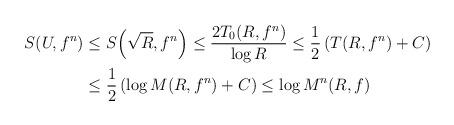
LaTeX: \begin{align*}\begin{aligned}S(U,f^n)&\leq S\!\left(\sqrt{R},f^n\right)\leq \frac{2T_0(R,f^n)}{\log R}\leq \frac12 \left(T(R,f^n)+C\right)\\ &\leq \frac12 \left(\log M(R,f^n)+C\right)\leq \log M^n(R,f)\end{aligned}\end{align*}